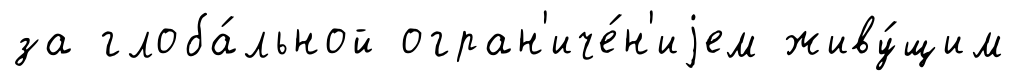
за глоба́льной огран'иче́н'иjем живу́щим